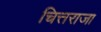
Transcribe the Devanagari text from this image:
चित्तराजा